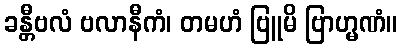
ခန္တီဗလံ ဗလာနီကံ၊ တမဟံ ဗြူမိ ဗြာဟ္မဏံ။